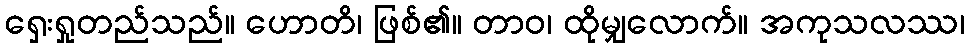
ရှေးရှုတည်သည်။ ဟောတိ၊ ဖြစ်၏။ တာဝ၊ ထိုမျှလောက်။ အကုသလဿ၊